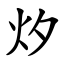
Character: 㶤